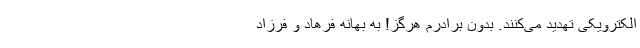
الکترویکی تهدید می‌کنند. بدون برادرم هرگز! به بهانه فرهاد و فرزاد